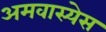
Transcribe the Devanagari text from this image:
अमवास्येस